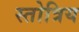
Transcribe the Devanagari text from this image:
स्तोत्रिय